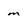
Character: m